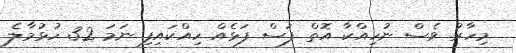
މިހާރު ވެސް ނުހިއްކާ އޮތް ފަސް ފަޅެއް ހިއްކައިފި ނަމަ 32 ހުޅުމާލެ